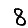
Digit: 8